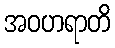
အဝဟရာတိ